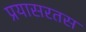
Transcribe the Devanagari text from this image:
प्रयासरतस